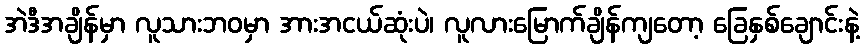
အဲဒီအချိန်မှာ လူသားဘဝမှာ အားအငယ်ဆုံးပဲ၊ လူလားမြောက်ချိန်ကျတော့ ခြေနှစ်ချောင်းနဲ့